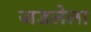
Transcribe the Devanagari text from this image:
जडलेला